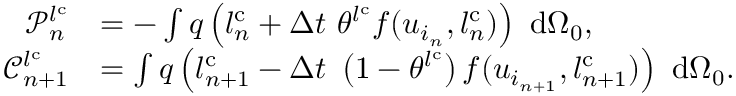
\begin{array} { r l } { \mathscr { P } _ { n } ^ { l ^ { \mathrm { { c } } } } } & { = - \int q \left( l _ { n } ^ { \mathrm { c } } + \Delta t \ \theta ^ { l ^ { \mathrm { { c } } } } f ( u _ { i _ { n } } , l _ { n } ^ { \mathrm { c } } ) \right) \ \mathrm { d } { \Omega _ { 0 } } , } \\ { \mathscr { C } _ { n + 1 } ^ { l ^ { \mathrm { { c } } } } } & { = \int q \left( l _ { n + 1 } ^ { \mathrm { c } } - \Delta t \ \left( 1 - \theta ^ { l ^ { \mathrm { { c } } } } \right) f ( u _ { i _ { n + 1 } } , l _ { n + 1 } ^ { \mathrm { c } } ) \right) \ \mathrm { d } { \Omega _ { 0 } } . } \end{array}